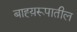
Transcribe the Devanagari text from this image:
बाह्य़रूपातील